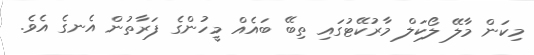
މިކަން މާލޭ ލޯކަލް މާރުކޭޓުގައި ތިބޭ ބައެއް މީހުންގެ ފަރާތުން އެނގެ އެވެ.